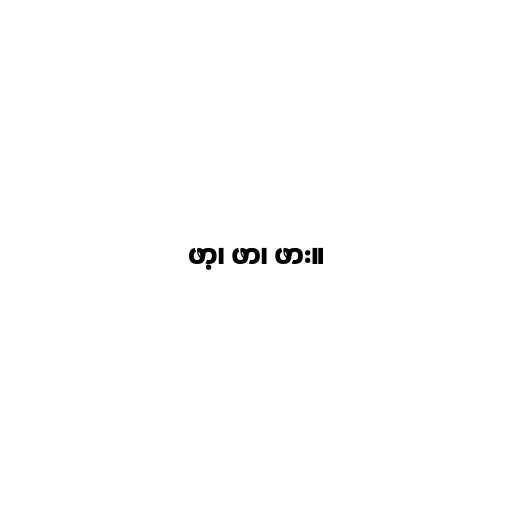
ဖာ့၊ ဖာ၊ ဖား။